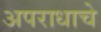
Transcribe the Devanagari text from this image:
अपराधाचे